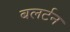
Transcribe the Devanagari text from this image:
बलर्टन